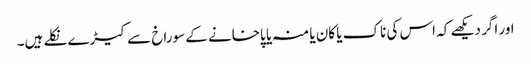
اور اگر دیکھے کہ اس کی ناک یا کان یا منہ یا پاخانے کے سوراخ سے کیڑے نکلے ہیں۔